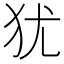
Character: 犹